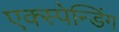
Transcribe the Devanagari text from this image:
एक्स्पेन्डिंग